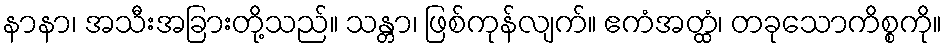
နာနာ၊ အသီးအခြားတို့သည်။ သန္တာ၊ ဖြစ်ကုန်လျက်။ ဧကံအတ္ထံ၊ တခုသောကိစ္စကို။